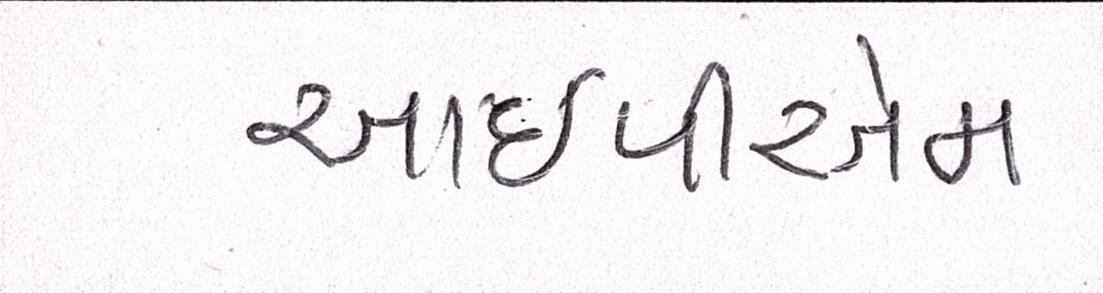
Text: આઇપીએમ